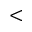
<